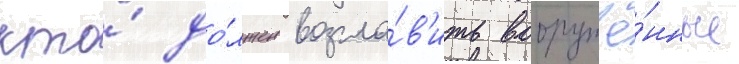
кто́ до́лжен возгла́в'ить вооружё́нные